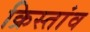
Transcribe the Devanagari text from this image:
क्रिस्तांव